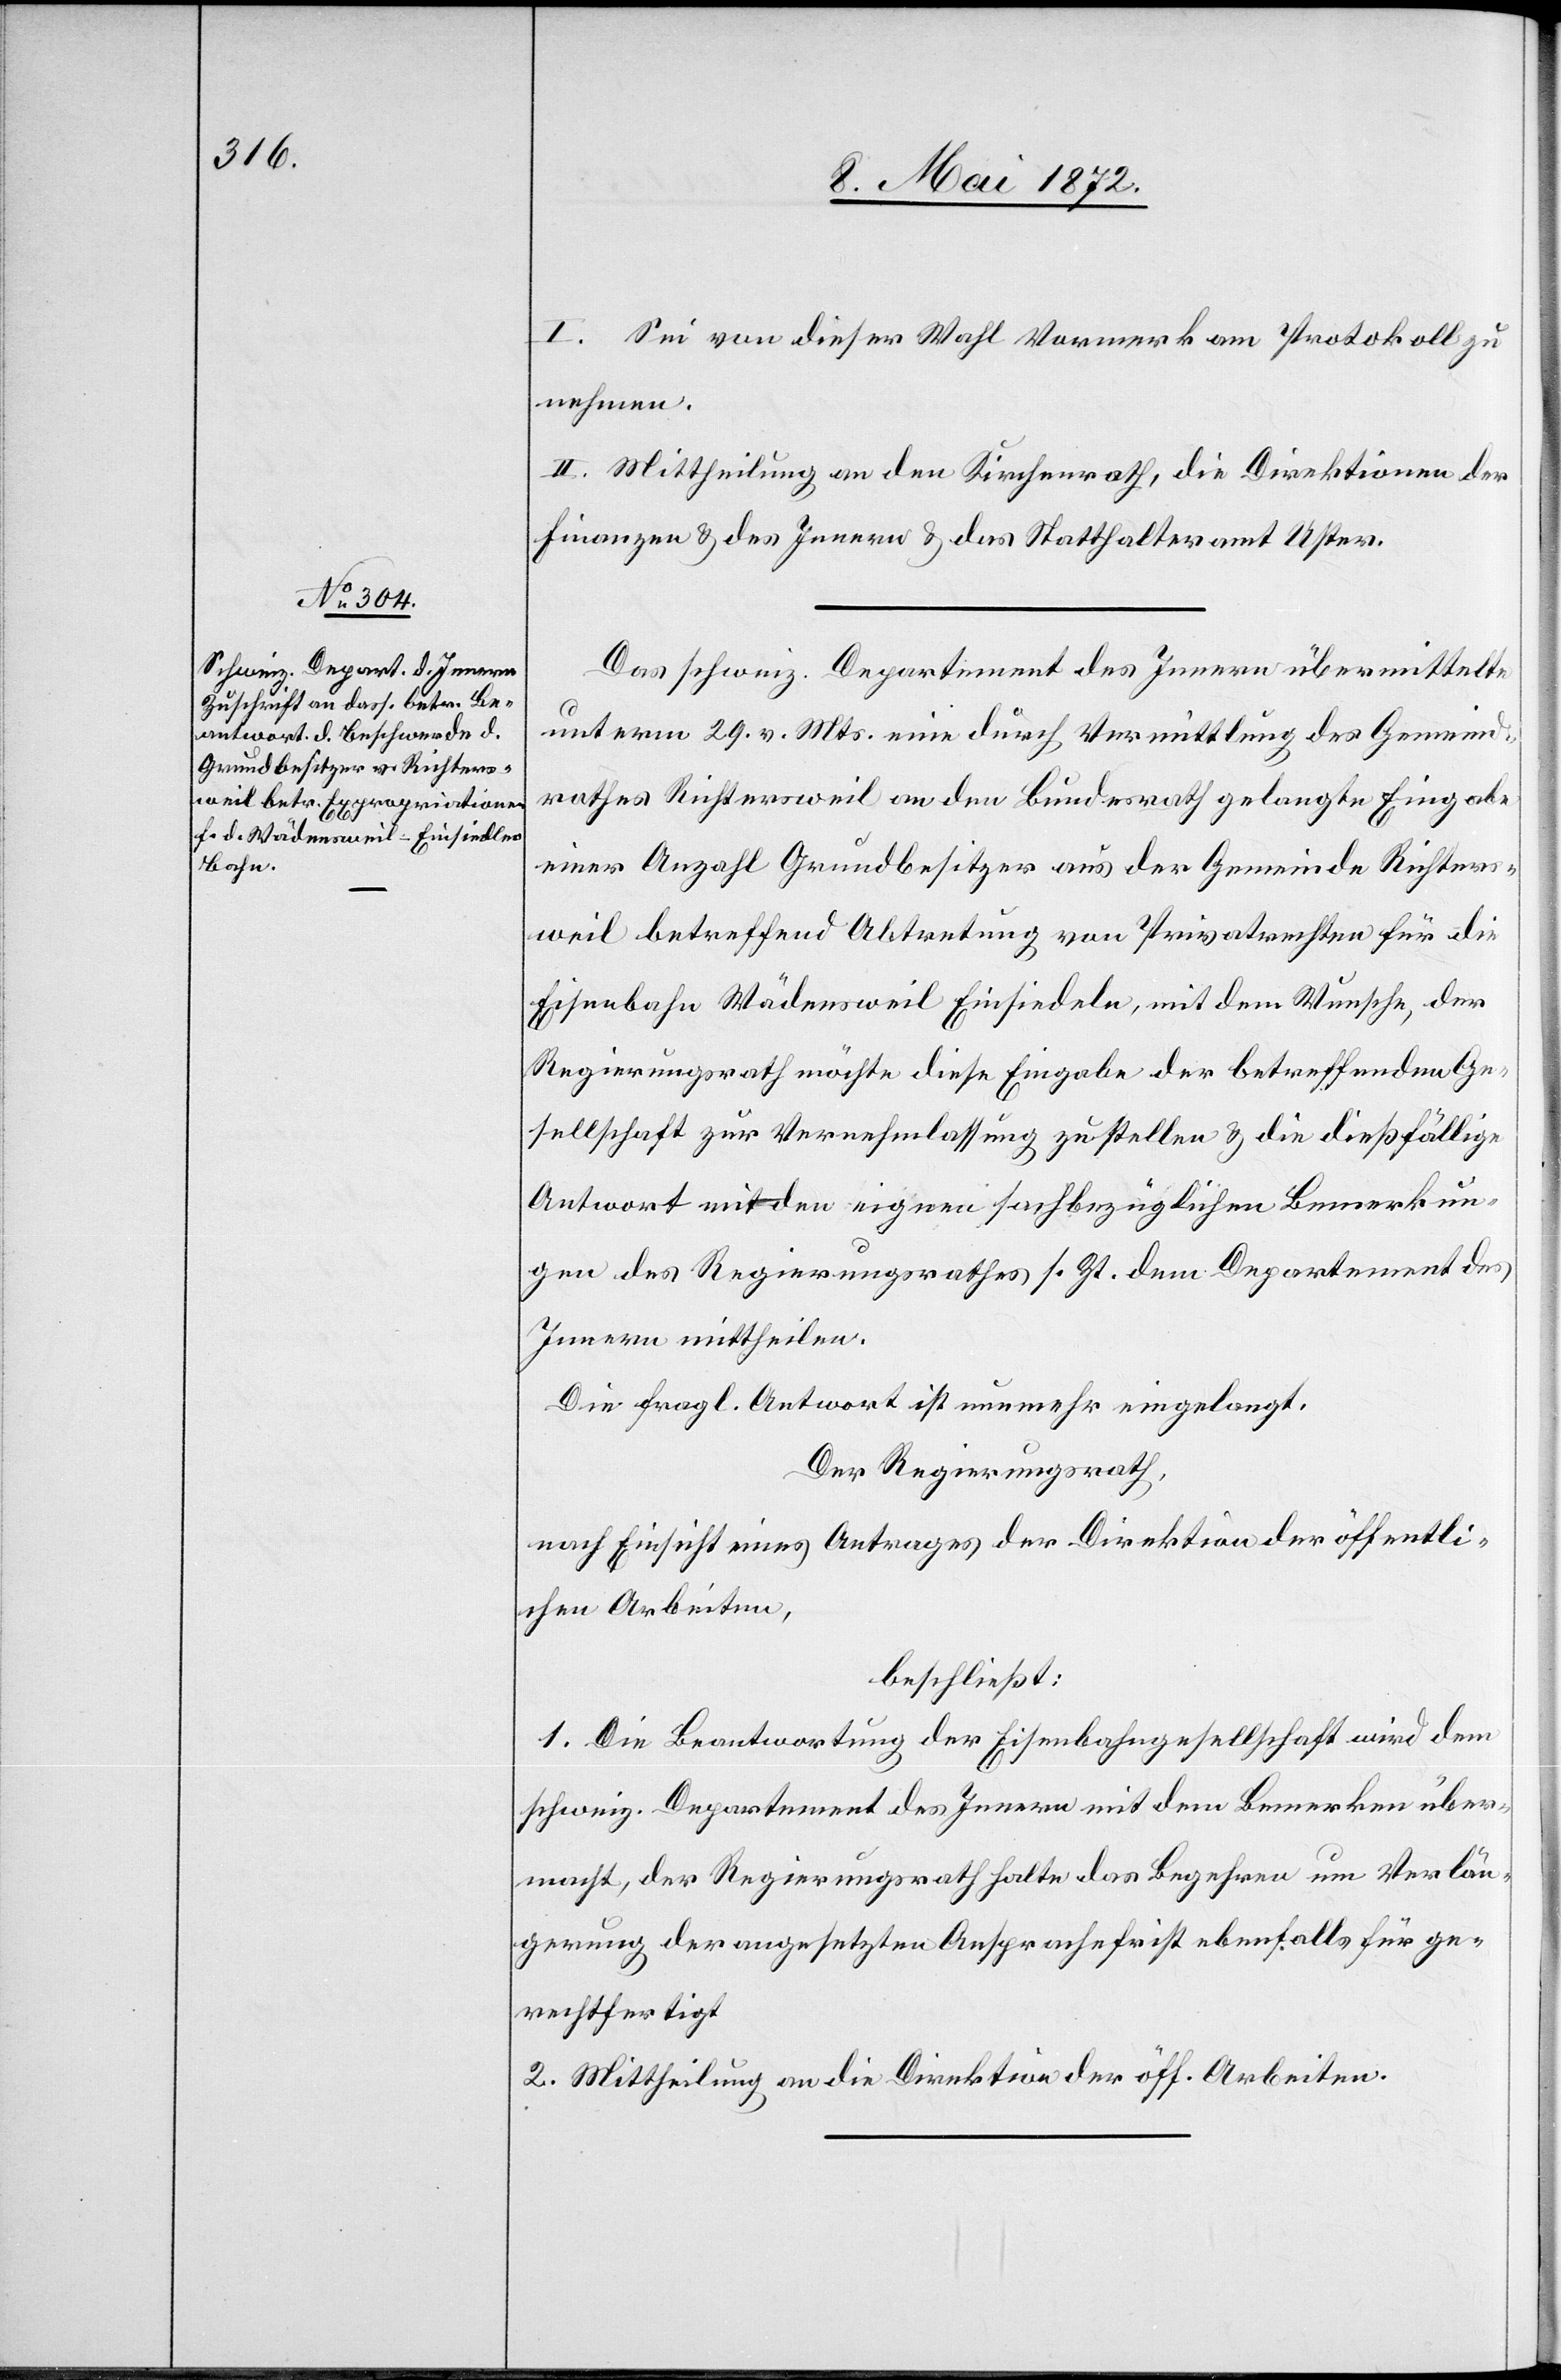
I. Sei von dieser Wahl Vormerk am Protokoll zu
nehmen.
II. Mittheilung an den Kirchenrath, die Direktionen der
Finanzen u. des Innern u. das Statthalteramt Uster.
Das schweiz. Departement des Innern übermittelte
unterm 29. v. Mts. eine durch Vermittlung des Gemeind¬
rathes Richtersweil an den Bundesrath gelangte Eingabe
einer Anzahl Grundbesitzer aus der Gemeinde Richters¬
weil betreffend Abtretung von Privatrechten für die
Eisenbahn Wädensweil[–]Einsiedeln, mit dem Wunsche, der
Regierungsrath möchte diese Eingabe der betreffenden Ge¬
sellschaft zur Vernehmlassung zustellen u. die dießfällige
Antwort mit den eignen sachbezüglichen Bemerkun¬
gen des Regierungsrathes s. Zt. dem Departement des
Innern mittheilen.
Die fragl. Antwort ist nunmehr eingelangt.
Der Regierungsrath,
nach Einsicht eines Antrages der Direktion der öffentli¬
chen Arbeiten,
beschließt:
1. Die Beantwortung der Eisenbahngesellschaft wird dem
schweiz. Departement des Innern mit dem Bemerken über¬
macht, der Regierungsrath halte das Begehren um Verlän¬
gerung der angesetzten Ansprachefrist ebenfalls für ge¬
rechtfertigt.
2. Mittheilung an die Direktion der öff. Arbeiten.